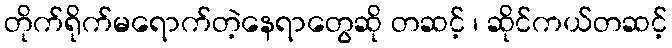
တိုက်ရိုက်မရောက်တဲ့နေရာတွေဆို တဆင့် ၊ ဆိုင်ကယ်တဆင့်